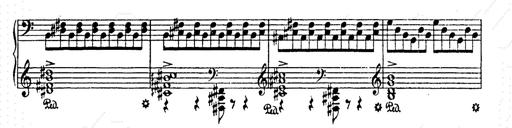
Title: AnnÃ©es de pÃ¨lerinage II
Composer: Franz Liszt